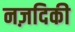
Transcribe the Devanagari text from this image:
नज़दिकी